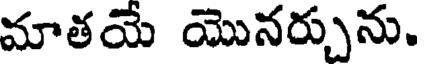
మాతయే యొనర్చును.